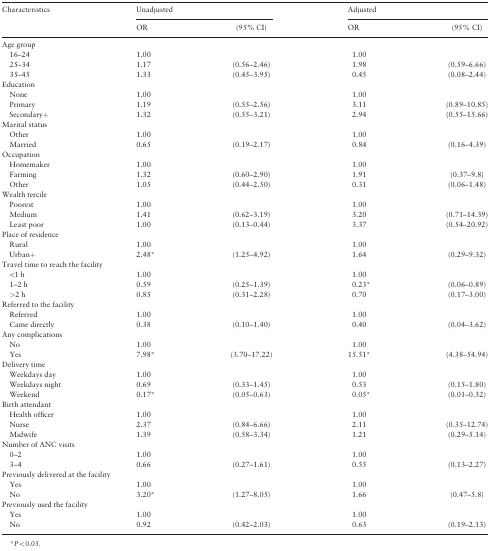
<table><thead><tr><td rowspan="2"><b>Characteristics</b></td><td colspan="2"><b>Unadjusted</b></td><td colspan="2"><b>Adjusted</b></td></tr><tr><td><b>OR</b></td><td><b>(95% CI)</b></td><td><b>OR</b></td><td><b>(95% CI)</b></td></tr></thead><tbody><tr><td colspan="5">Age group</td></tr><tr><td> 16–24</td><td>1.00</td><td></td><td>1.00</td><td></td></tr><tr><td> 25–34</td><td>1.17</td><td>(0.56–2.46)</td><td>1.98</td><td>(0.59–6.66)</td></tr><tr><td> 35–45</td><td>1.33</td><td>(0.45–3.95)</td><td>0.45</td><td>(0.08–2.44)</td></tr><tr><td colspan="5">Education</td></tr><tr><td> None</td><td>1.00</td><td></td><td>1.00</td><td></td></tr><tr><td> Primary</td><td>1.19</td><td>(0.55–2.56)</td><td>3.11</td><td>(0.89–10.85)</td></tr><tr><td> Secondary+</td><td>1.32</td><td>(0.55–3.21)</td><td>2.94</td><td>(0.55–15.66)</td></tr><tr><td colspan="5">Marital status</td></tr><tr><td> Other</td><td>1.00</td><td></td><td>1.00</td><td></td></tr><tr><td> Married</td><td>0.65</td><td>(0.19–2.17)</td><td>0.84</td><td>(0.16–4.39)</td></tr><tr><td colspan="5">Occupation</td></tr><tr><td> Homemaker</td><td>1.00</td><td></td><td>1.00</td><td></td></tr><tr><td> Farming</td><td>1.32</td><td>(0.60–2.90)</td><td>1.91</td><td>(0.37–9.8)</td></tr><tr><td> Other</td><td>1.05</td><td>(0.44–2.50)</td><td>0.31</td><td>(0.06–1.48)</td></tr><tr><td colspan="5">Wealth tercile</td></tr><tr><td> Poorest</td><td>1.00</td><td></td><td>1.00</td><td></td></tr><tr><td> Medium</td><td>1.41</td><td>(0.62–3.19)</td><td>3.20</td><td>(0.71–14.39)</td></tr><tr><td> Least poor</td><td>1.00</td><td>(0.13–0.44)</td><td>3.37</td><td>(0.54–20.92)</td></tr><tr><td colspan="5">Place of residence</td></tr><tr><td> Rural</td><td>1.00</td><td></td><td>1.00</td><td></td></tr><tr><td> Urban+</td><td>2.48*</td><td>(1.25–4.92)</td><td>1.64</td><td>(0.29–9.32)</td></tr><tr><td colspan="5">Travel time to reach the facility</td></tr><tr><td> &lt;1 h</td><td>1.00</td><td></td><td>1.00</td><td></td></tr><tr><td> 1–2 h</td><td>0.59</td><td>(0.25–1.39)</td><td>0.23*</td><td>(0.06–0.89)</td></tr><tr><td> &gt;2 h</td><td>0.85</td><td>(0.31–2.28)</td><td>0.70</td><td>(0.17–3.00)</td></tr><tr><td colspan="5">Referred to the facility</td></tr><tr><td> Referred</td><td>1.00</td><td></td><td>1.00</td><td></td></tr><tr><td> Came directly</td><td>0.38</td><td>(0.10–1.40)</td><td>0.40</td><td>(0.04–3.62)</td></tr><tr><td colspan="5">Any complications</td></tr><tr><td> No</td><td>1.00</td><td></td><td>1.00</td><td></td></tr><tr><td> Yes</td><td>7.98*</td><td>(3.70–17.22)</td><td>15.51*</td><td>(4.38–54.94)</td></tr><tr><td colspan="5">Delivery time</td></tr><tr><td> Weekdays day</td><td>1.00</td><td></td><td>1.00</td><td></td></tr><tr><td> Weekdays night</td><td>0.69</td><td>(0.33–1.45)</td><td>0.53</td><td>(0.15–1.80)</td></tr><tr><td> Weekend</td><td>0.17*</td><td>(0.05–0.63)</td><td>0.05*</td><td>(0.01–0.32)</td></tr><tr><td colspan="5">Birth attendant</td></tr><tr><td> Health officer</td><td>1.00</td><td></td><td>1.00</td><td></td></tr><tr><td> Nurse</td><td>2.37</td><td>(0.84–6.66)</td><td>2.11</td><td>(0.35–12.74)</td></tr><tr><td> Midwife</td><td>1.39</td><td>(0.58–3.34)</td><td>1.21</td><td>(0.29–5.14)</td></tr><tr><td colspan="5">Number of ANC visits</td></tr><tr><td> 0–2</td><td>1.00</td><td></td><td>1.00</td><td></td></tr><tr><td> 3–4</td><td>0.66</td><td>(0.27–1.61)</td><td>0.55</td><td>(0.13–2.27)</td></tr><tr><td colspan="5">Previously delivered at the facility</td></tr><tr><td> Yes</td><td>1.00</td><td></td><td>1.00</td><td></td></tr><tr><td> No</td><td>3.20*</td><td>(1.27–8.05)</td><td>1.66</td><td>(0.47–5.8)</td></tr><tr><td colspan="5">Previously used the facility</td></tr><tr><td> Yes</td><td>1.00</td><td></td><td>1.00</td><td></td></tr><tr><td> No</td><td>0.92</td><td>(0.42–2.03)</td><td>0.63</td><td>(0.19–2.13)</td></tr></tbody></table>